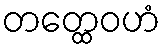
တတ္ထေဝဟံ